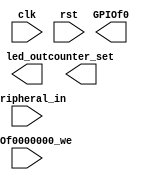
module led_Dev_IO(input clk,
						input rst,
						input GPIOf0000000_we,
						input [31:0] Peripheral_in,
						output [1:0] counter_set,
						output [7:0] led_out,
						output [21:0] GPIOf0
						);

endmodule